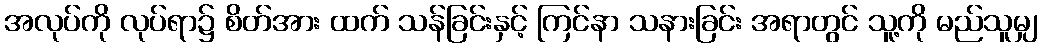
အလုပ်ကို လုပ်ရာ၌ စိတ်အား ထက် သန်ခြင်းနှင့် ကြင်နာ သနားခြင်း အရာတွင် သူ့ကို မည်သူမျှ